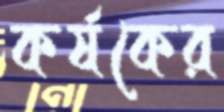
কর্ষকের